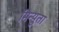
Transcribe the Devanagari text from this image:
मिन्युता